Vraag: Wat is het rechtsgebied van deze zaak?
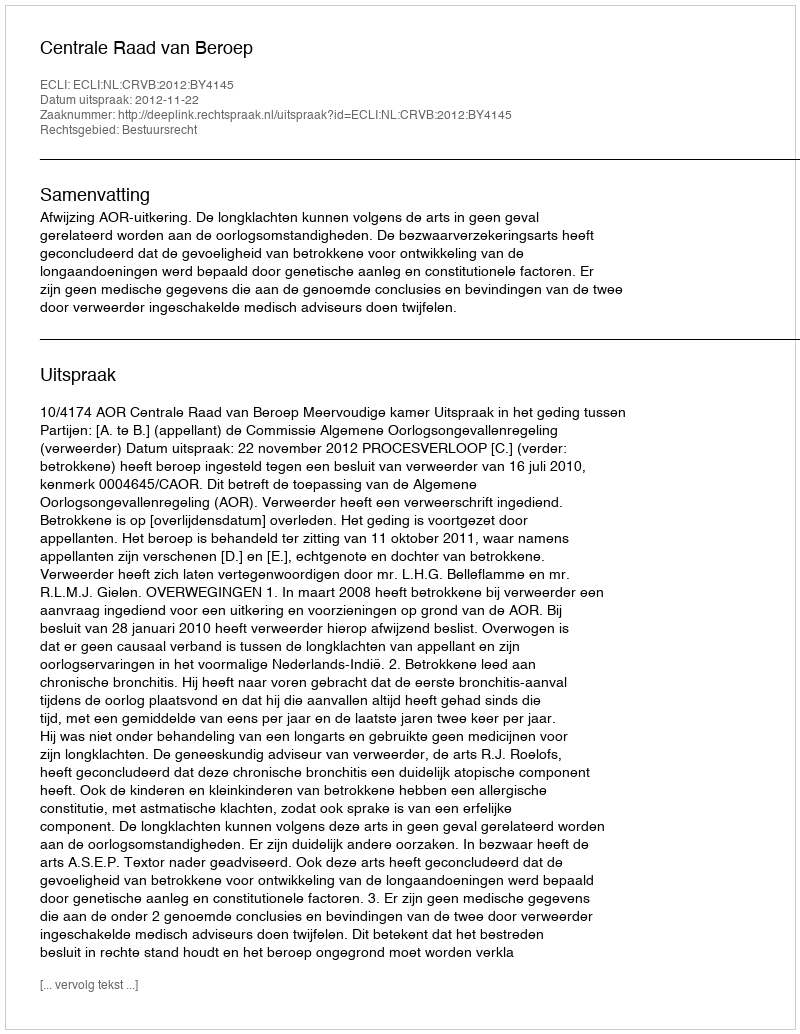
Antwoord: Bestuursrecht